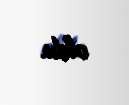
oldu.